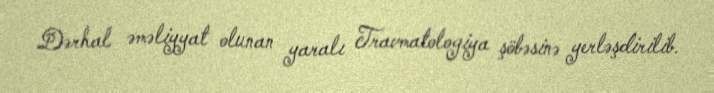
Dərhal əməliyyat olunan yaralı Travmatologiya şöbəsinə yerləşdirilib.